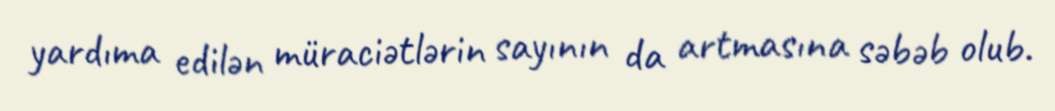
yardıma edilən müraciətlərin sayının da artmasına səbəb olub.